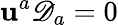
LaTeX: \mathbf{u}^{a}\mathscr{{D}}_{a}=0